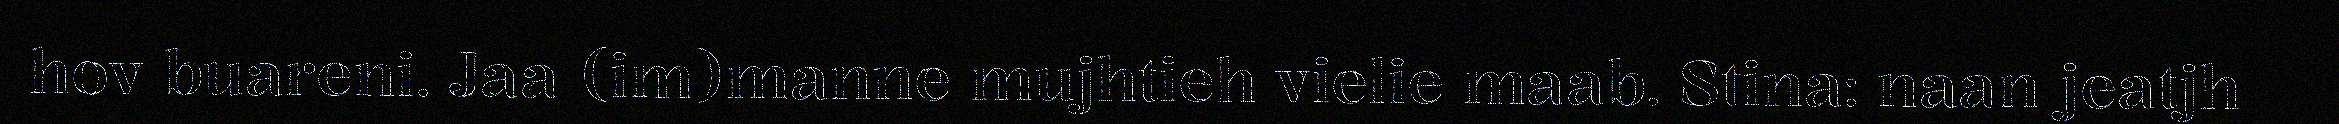
hov buareni. Jaa (im)manne mujhtieh vielie maab. Stina: naan jeatjh